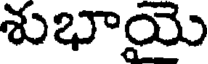
శుభాయై